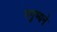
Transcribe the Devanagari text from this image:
मनुष्यने